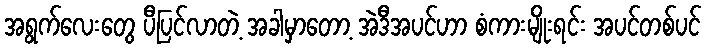
အရွက်လေးတွေ ပီပြင်လာတဲ့ အခါမှာတော့ အဲဒီအပင်ဟာ စံကားမျိုးရင်း အပင်တစ်ပင်